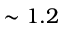
\sim 1 . 2